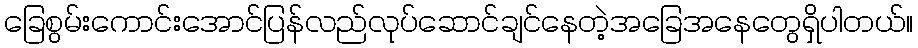
ခြေစွမ်းကောင်းအောင်ပြန်လည်လုပ်ဆောင်ချင်နေတဲ့အခြေအနေတွေရှိပါတယ်။